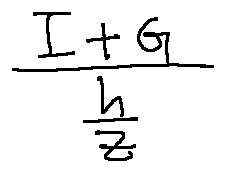
\frac { I + G } { \frac { h } { z } }